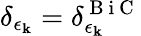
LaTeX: \delta_{\epsilon_{\mathbf k}}=\delta_{\epsilon_{\mathbf k}}^{\mathrm{~B~i~C~}}